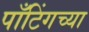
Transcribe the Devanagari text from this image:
पाँटिंगच्या